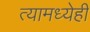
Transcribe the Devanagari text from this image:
त्यामध्येही